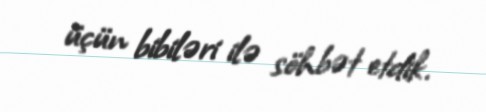
üçün bibiləri ilə söhbət etdik.